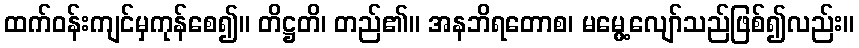
ထက်ဝန်းကျင်မှကုန်စေ၍။ တိဋ္ဌတိ၊ တည်၏။ အနဘိရတောစ၊ မမွေ့လျော်သည်ဖြစ်၍လည်း။